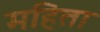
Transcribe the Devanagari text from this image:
महिता